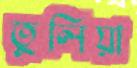
তুলিয়া